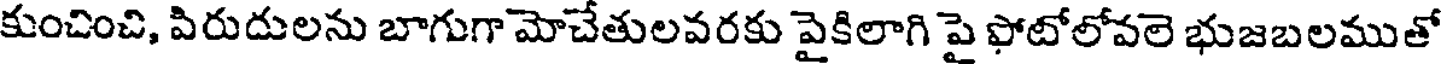
కుంచించి, పిరుదులను బాగుగా మోచేతులవరకు పైకిలాగి పై ఫోటోలోవలె భుజబలముతో